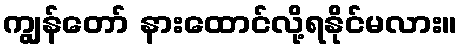
ကျွန်တော် နားထောင်လို့ရနိုင်မလား။